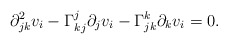
\begin{align*} \partial^2_{jk}v_i-\Gamma_{kj}^j\partial_jv_i-\Gamma_{jk}^k\partial_kv_i=0.\end{align*}